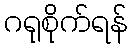
ဂရုစိုက်ရန်